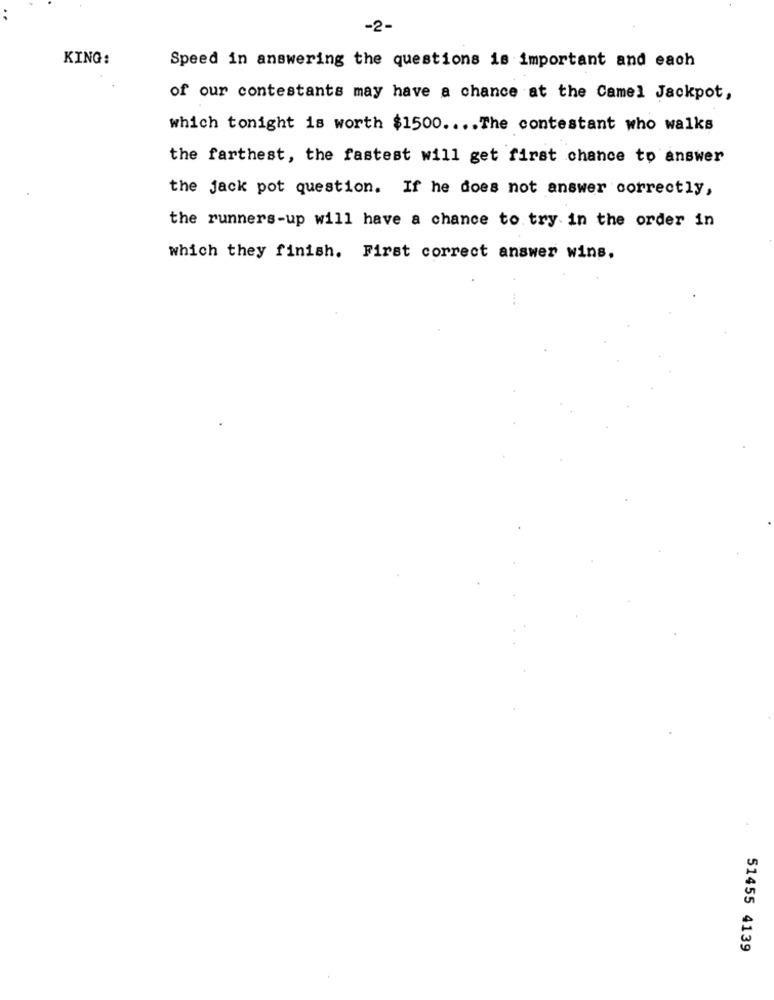
-2-
KING:
Speed in answering the questions is important and each
of our contestants may have a chance at the Camel Jackpot,
which tonight is worth $1500 .... The contestant who walks
the farthest, the fastest will get first chance to answer
the jack pot question. If he does not answer correctly,
the runners-up will have a chance to try in the order in
which they finish. First correct answer wins.
51455 4139